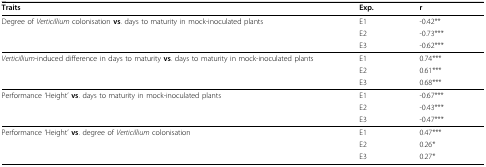
| Traits | Exp. | r |
 | --- | --- | --- |
 | Degree of Verticillium colonisation vs. days to maturity in mock-inoculated plants | E1 | -0.42** |
 |  | E2 | -0.73*** |
 |  | E3 | -0.62*** |
 | Verticillium-induced difference in days to maturity vs. days to maturity in mock-inoculated plants | E1 | 0.74*** |
 |  | E2 | 0.61*** |
 |  | E3 | 0.68*** |
 | Performance 'Height' vs. days to maturity in mock-inoculated plants | E1 | -0.67*** |
 |  | E2 | -0.43*** |
 |  | E3 | -0.47*** |
 | Performance 'Height' vs. degree of Verticillium colonisation | E1 | 0.47*** |
 |  | E2 | 0.26* |
 |  | E3 | 0.27* |